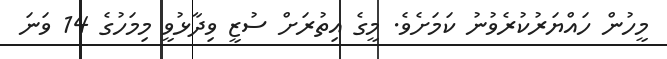
މީހުން ހައްޔަރުކުރެވުނު ކަމަށެވެ. މީގެ އިތުރަށް ސުޒީ ވިދާޅުވީ މިމަހުގެ 14 ވަނަ